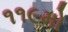
૧૧૯મો